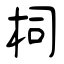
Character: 柌